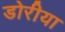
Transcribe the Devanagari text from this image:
डोरीया